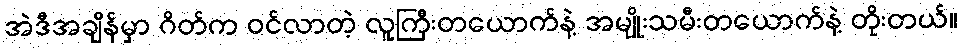
အဲဒီအချိန်မှာ ဂိတ်က ဝင်လာတဲ့ လူကြီးတယောက်နဲ့ အမျိုးသမီးတယောက်နဲ့ တိုးတယ်။